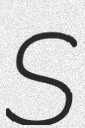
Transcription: S